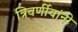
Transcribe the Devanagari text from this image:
त्रिवर्णीयांनी